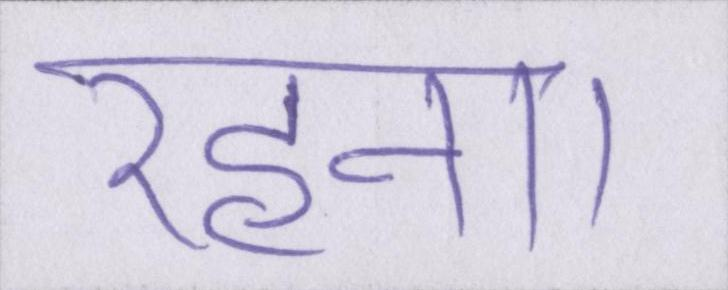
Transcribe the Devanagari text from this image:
रहना।